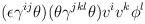
LaTeX: \begin{align*}(\epsilon \gamma^{ij} \theta ) (\theta\gamma^{jkl} \theta ) v^i v^k \phi^l\end{align*}